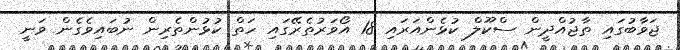
ޖަވާބުގައި ތާޖުއްދީން ސްކޫލް ކުޅެންއަރައި 18 އޯވަރުތެރޭގައި ހަތް ކުޅުންތެރިން ނުބައިވެގެން ވަނީ